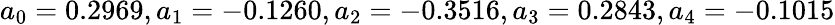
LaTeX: a_{0}=0.2969,a_{1}=-0.1260,a_{2}=-0.3516,a_{3}=0.2843,a_{4}=-0.1015